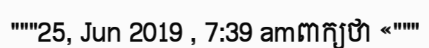
"""25, Jun 2019 , 7:39 amពាក្យថា «"""